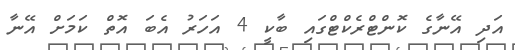
އަދި އޭނާގެ ކޮންޓްރެކްޓްގައި ބާކީ 4 އަހަރު އެބަ އޮތް ކަމަށް އޭނާ